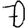
Digit: 7